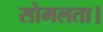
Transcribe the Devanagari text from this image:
सोमलता।